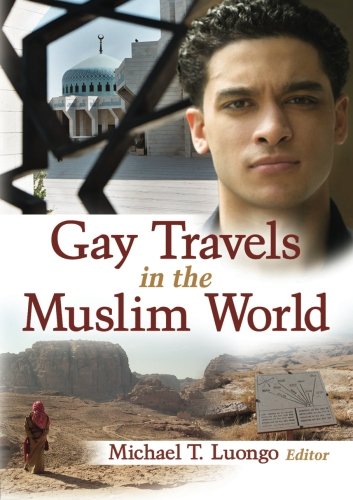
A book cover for Gay Travels in the Muslim World; Michael Luongo; Gay & Lesbian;